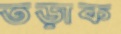
তড়াক